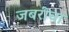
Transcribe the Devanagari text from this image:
जबरीचा